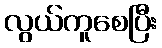
လွယ်ကူစေပြီး